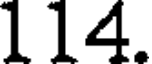
114.